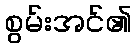
စွမ်းအင်၏